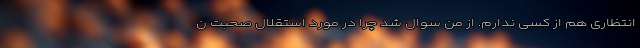
انتظاری هم از کسی ندارم. از من سوال شد چرا در مورد استقلال صحبت ن